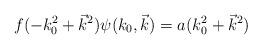
LaTeX: \begin{align*}f(-k_0^2+\vec{k}^2)\psi(k_0,\vec{k})=a(k_0^2+\vec{k}^2)\end{align*}